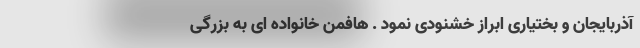
آذربایجان و بختیاری ابراز خشنودی نمود . هافمن خانواده ای به بزرگی